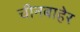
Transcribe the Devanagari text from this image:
चीनबाहेर